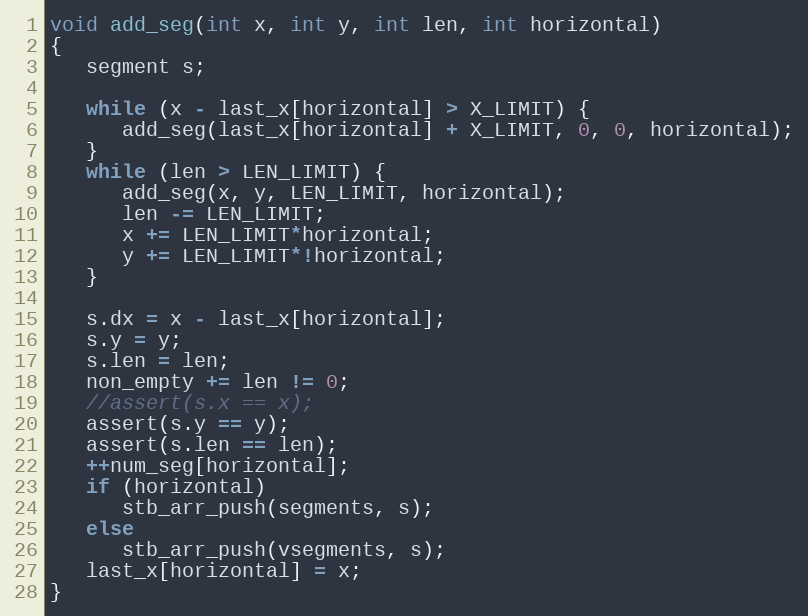
Language: C
void add_seg(int x, int y, int len, int horizontal)
{
   segment s;

   while (x - last_x[horizontal] > X_LIMIT) {
      add_seg(last_x[horizontal] + X_LIMIT, 0, 0, horizontal);
   }
   while (len > LEN_LIMIT) {
      add_seg(x, y, LEN_LIMIT, horizontal);
      len -= LEN_LIMIT;
      x += LEN_LIMIT*horizontal;
      y += LEN_LIMIT*!horizontal;
   }

   s.dx = x - last_x[horizontal];
   s.y = y;
   s.len = len;
   non_empty += len != 0;
   //assert(s.x == x);
   assert(s.y == y);
   assert(s.len == len);
   ++num_seg[horizontal];
   if (horizontal)
      stb_arr_push(segments, s);
   else
      stb_arr_push(vsegments, s);
   last_x[horizontal] = x;
}